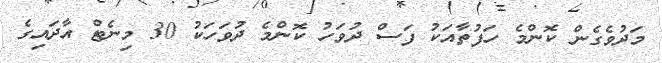
މަދުވެގެން ކޮންމެ ހަފުތާއަކު ފަސް ދުވަހު ކޮންމެ ދުވަހަކު 30 މިނެޓް އާދައިގެ